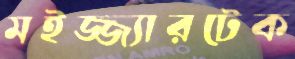
মইজ্জ্যারটেক